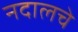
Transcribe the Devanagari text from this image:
नदालचे